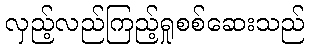
လှည့်လည်ကြည့်ရှုစစ်ဆေးသည်